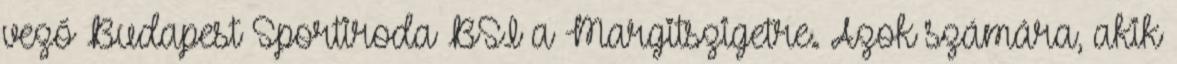
vező Budapest Sportiroda BSI a Margitszigetre. Azok számára, akik